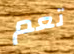
تعم